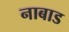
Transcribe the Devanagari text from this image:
नाबाड